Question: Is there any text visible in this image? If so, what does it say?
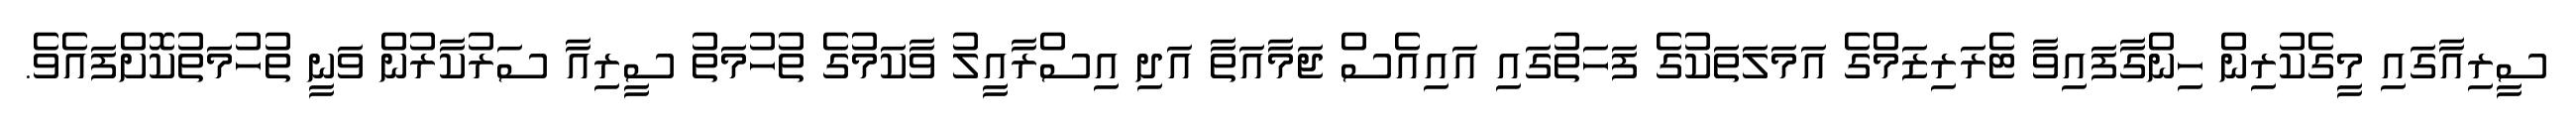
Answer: ސީރިއާގައި މީގެކުރިން ހިންގާފައިވާ ޓެރަރިޒަމްގެ އަމަލަތަކުގެ ފަހަތުގައި އައިއެސް ޖަމާއަތާ އަދި އިސްރާއީލު ވާކަމުގެ ތުހުމަތު ސީރިއާ ސަރުކާރުން ވަނީ ތުހުމަތުކޮށްފައެވެ.